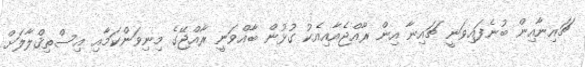
ޗައިނާއިން ބުނެފައިވަނީ ޗައިނާ އިން ރާއްޖެއާއިއެކު ގުޅުން ބާއްވަނީ ރާއްޖޭގެ މިނިވަންކަމާއި އިސްތިޤްލާލަށް